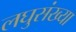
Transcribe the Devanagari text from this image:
लघुसंख्या